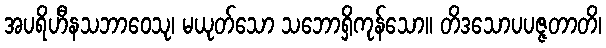
အပရိဟီနသဘာဝေသု၊ မယုတ်သော သဘောရှိကုန်သော။ တိဒသောပပဇ္ဇတာတိ၊